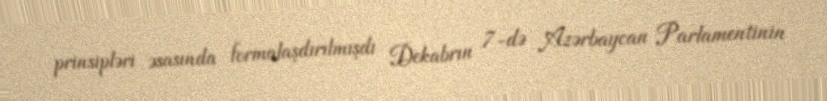
prinsipləri əsasında formalaşdırılmışdı Dekabrın 7-də Azərbaycan Parlamentinin